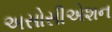
અસોસીએશન